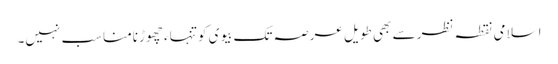
اسلامی نقطہ نظر سے بھی طویل عرصہ تک بیوی کو تنہاء چھوڑنامناسب نہیں۔